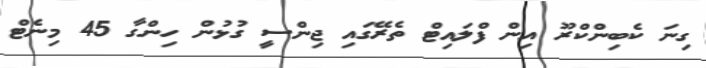
ގިނަ ކެބިންކްރޫ އިން ފްލައިޓް ތެރޭގައި ޖިންސީ ގުޅުން ހިންގާ 45 މިނެޓް